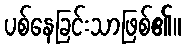
ပစ်နေခြင်းသာဖြစ်၏။